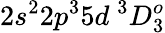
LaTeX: {2s^{2}2p^{3}5d~^{3}D_{3}^{o}}